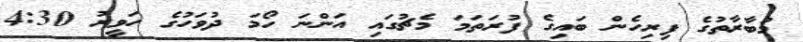
މުބާރާތުގެ ފިރިހެން ބައިގެ ފުރަތަމަ މެޗުގައި އަންނަ ހޯމަ ދުވަހުގެ ހަވީރު 4:30